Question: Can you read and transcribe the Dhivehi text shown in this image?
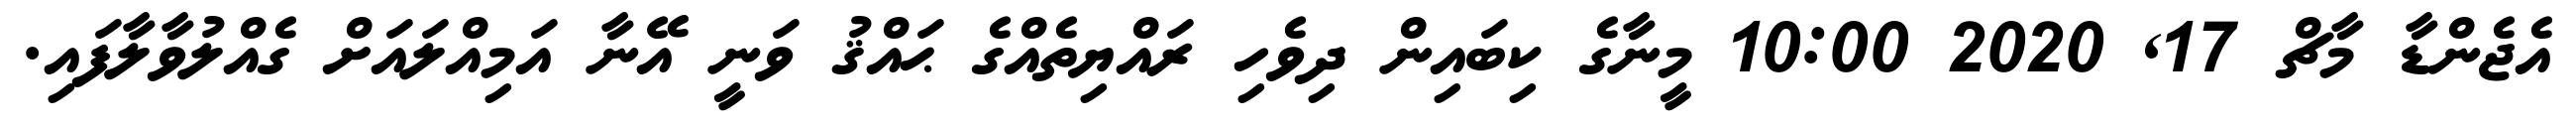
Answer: އެޖެންޑާ މާޗް 17, 2020 10:00 މީނާގެ ކިބައިން ދިވެހި ރައްޔިތެއްގެ ޙައްޤު ވަނީ އޭނާ އަމިއްލައަށް ގެއްލުވާލާފައި.